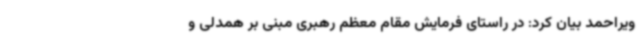
ویراحمد بیان کرد: در راستای فرمایش مقام معظم رهبری مبنی بر همدلی و